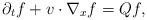
LaTeX: \begin{align*}\partial_tf + v\cdot\nabla_xf = Qf,\end{align*}